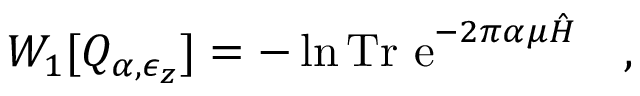
W _ { 1 } [ Q _ { \alpha , \epsilon _ { z } } ] = - \ln \mathrm { T r ~ e } ^ { - 2 \pi \alpha \mu \hat { H } } ~ ~ ~ ,